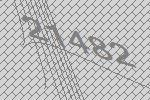
21482